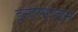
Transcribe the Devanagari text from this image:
इनोसाइन